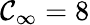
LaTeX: \mathcal{C}_{\infty}=8